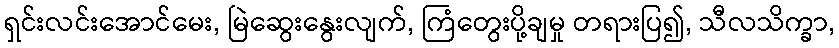
ရှင်းလင်းအောင်မေး, မြဲဆွေးနွေးလျက်, ကြံတွေးပို့ချမှု တရားပြ၍, သီလသိက္ခာ,